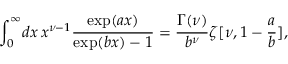
\int _ { 0 } ^ { \infty } \! d x \, x ^ { \nu - 1 } { \frac { \exp ( a x ) } { \exp ( b x ) - 1 } } = { \frac { \Gamma ( \nu ) } { b ^ { \nu } } } \zeta [ \nu , 1 - { \frac { a } { b } } ] ,